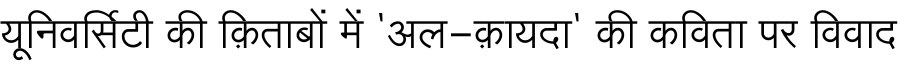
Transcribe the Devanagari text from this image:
यूनिवर्सिटी की क़िताबों में 'अल-क़ायदा' की कविता पर विवाद